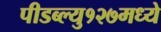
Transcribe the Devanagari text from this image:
पीडब्ल्यु१२७मध्ये